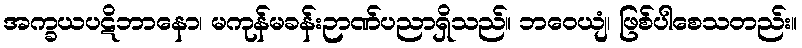
အက္ခယပဋိဘာနော၊ မကုန်မခန်းဉာဏ်ပညာရှိသည်။ ဘဝေယျံ၊ ဖြစ်ပါစေသတည်း။